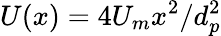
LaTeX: U(x)=4U_{m}x^{2}/d_{p}^{2}